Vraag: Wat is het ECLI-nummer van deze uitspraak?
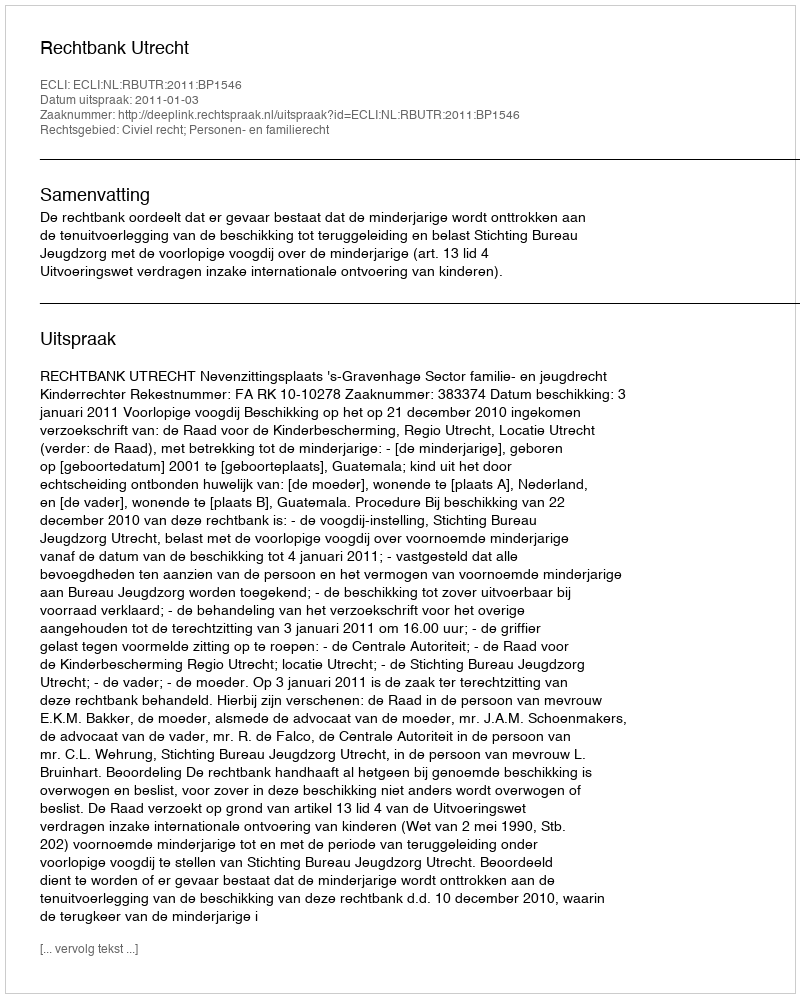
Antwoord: ECLI:NL:RBUTR:2011:BP1546